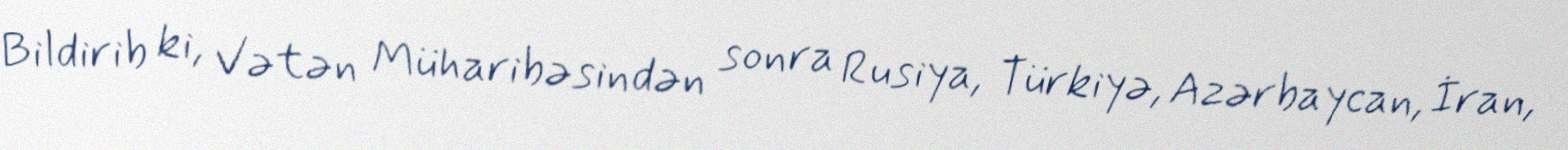
Bildirib ki, Vətən Müharibəsindən sonra Rusiya, Türkiyə, Azərbaycan, İran,